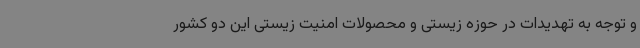
و توجه به تهدیدات در حوزه زیستی و محصولات امنیت زیستی این دو کشور